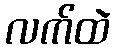
လက်ထဲ